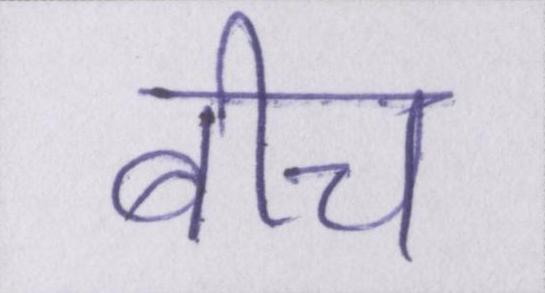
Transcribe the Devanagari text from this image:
बीच